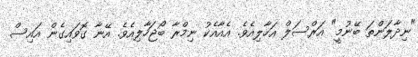
"ނިދާލަންތަ ބޭނުމީ" އަރްސަލް އަހާލިއެވެ. އެއާއެކު ނިމްރާ ބޯޖަހާލިއެވެ. އޭނާ ގޮވައިގެން އައިސް